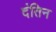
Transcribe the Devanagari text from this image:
दंतिन